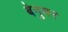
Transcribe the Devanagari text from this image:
बेनुधर